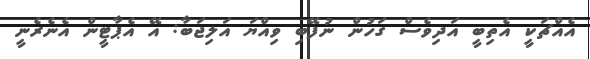
އެއްޗަކީ އެތިބީ އަދިވެސް ގަހުން ނުފޭބި ވިއްޔަ އަލިޖަބާ: އޭ އެޕާޓީން އެނެރެނީ